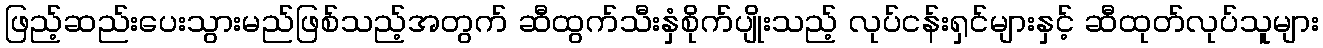
ဖြည့်ဆည်းပေးသွားမည်ဖြစ်သည့်အတွက် ဆီထွက်သီးနှံစိုက်ပျိုးသည့် လုပ်ငန်းရှင်များနှင့် ဆီထုတ်လုပ်သူများ